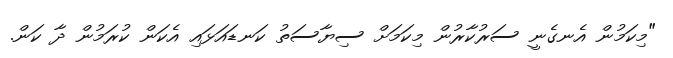
"މިކަމުން އެނގެނީ ސަރުކާރުން މިކަމަށް ސިޔާސަތު ކަނޑައަޅައި އެކަން ކުރަމުން ދާ ކަން.